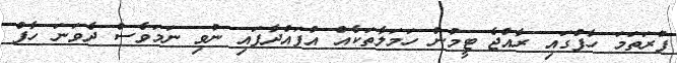
ފުރަތަމަ ހާފްގައި ރާއްޖެ ޓީމުން ހަމަލާތަކެއް އުފައްދާފައި ނުވި ނަމަވެސް ދެވަނަ ހާފް